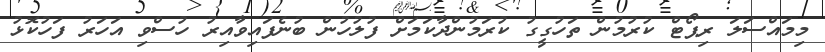
މިމައްސަލަ ރިޕޯޓް ކުރުމުން ތަހުގީގު ކުރަމުންދާކަމަށް ފުލުހުން ބުނެފައިވާއިރު ހުސްވި އަހަރު ފަހުކޮޅު